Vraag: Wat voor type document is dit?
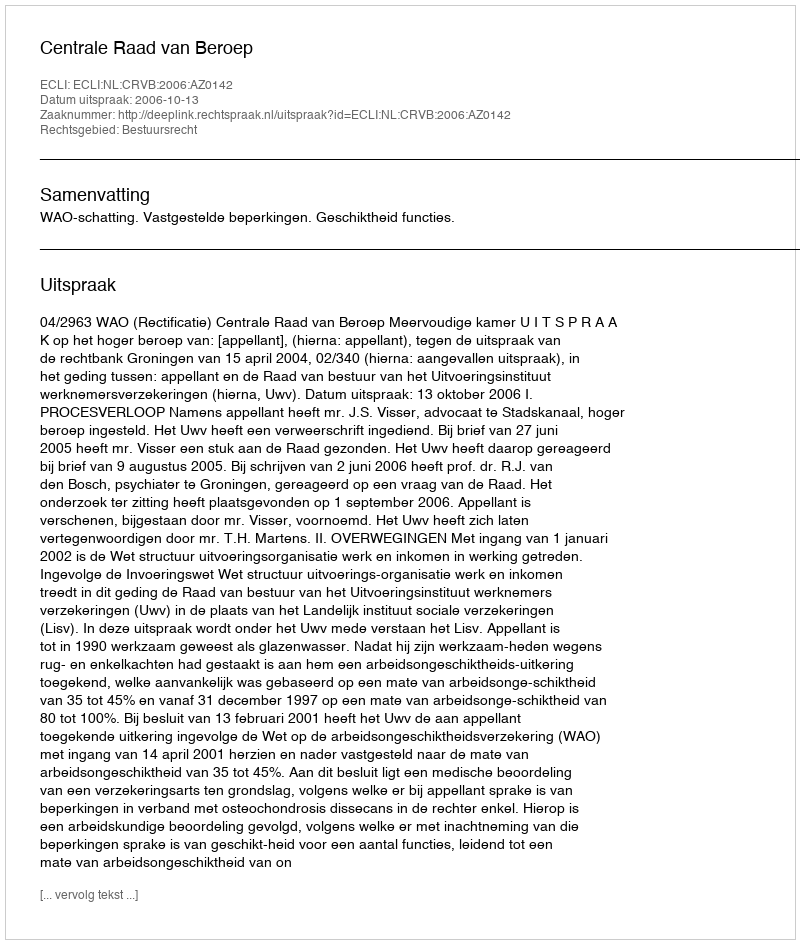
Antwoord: Uitspraak